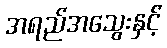
အရည်အသွေးနှင့်